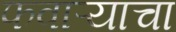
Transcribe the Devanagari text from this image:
फवाऱ्याचा